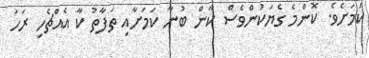
ކަމަށެވެ. ކޮންމެ ގެޔަކުންވެސް ކާން ބުނާ ކަމަށާއި ތަފާތު ކާ އެއްޗެހި ރަހަ